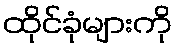
ထိုင်ခုံများကို